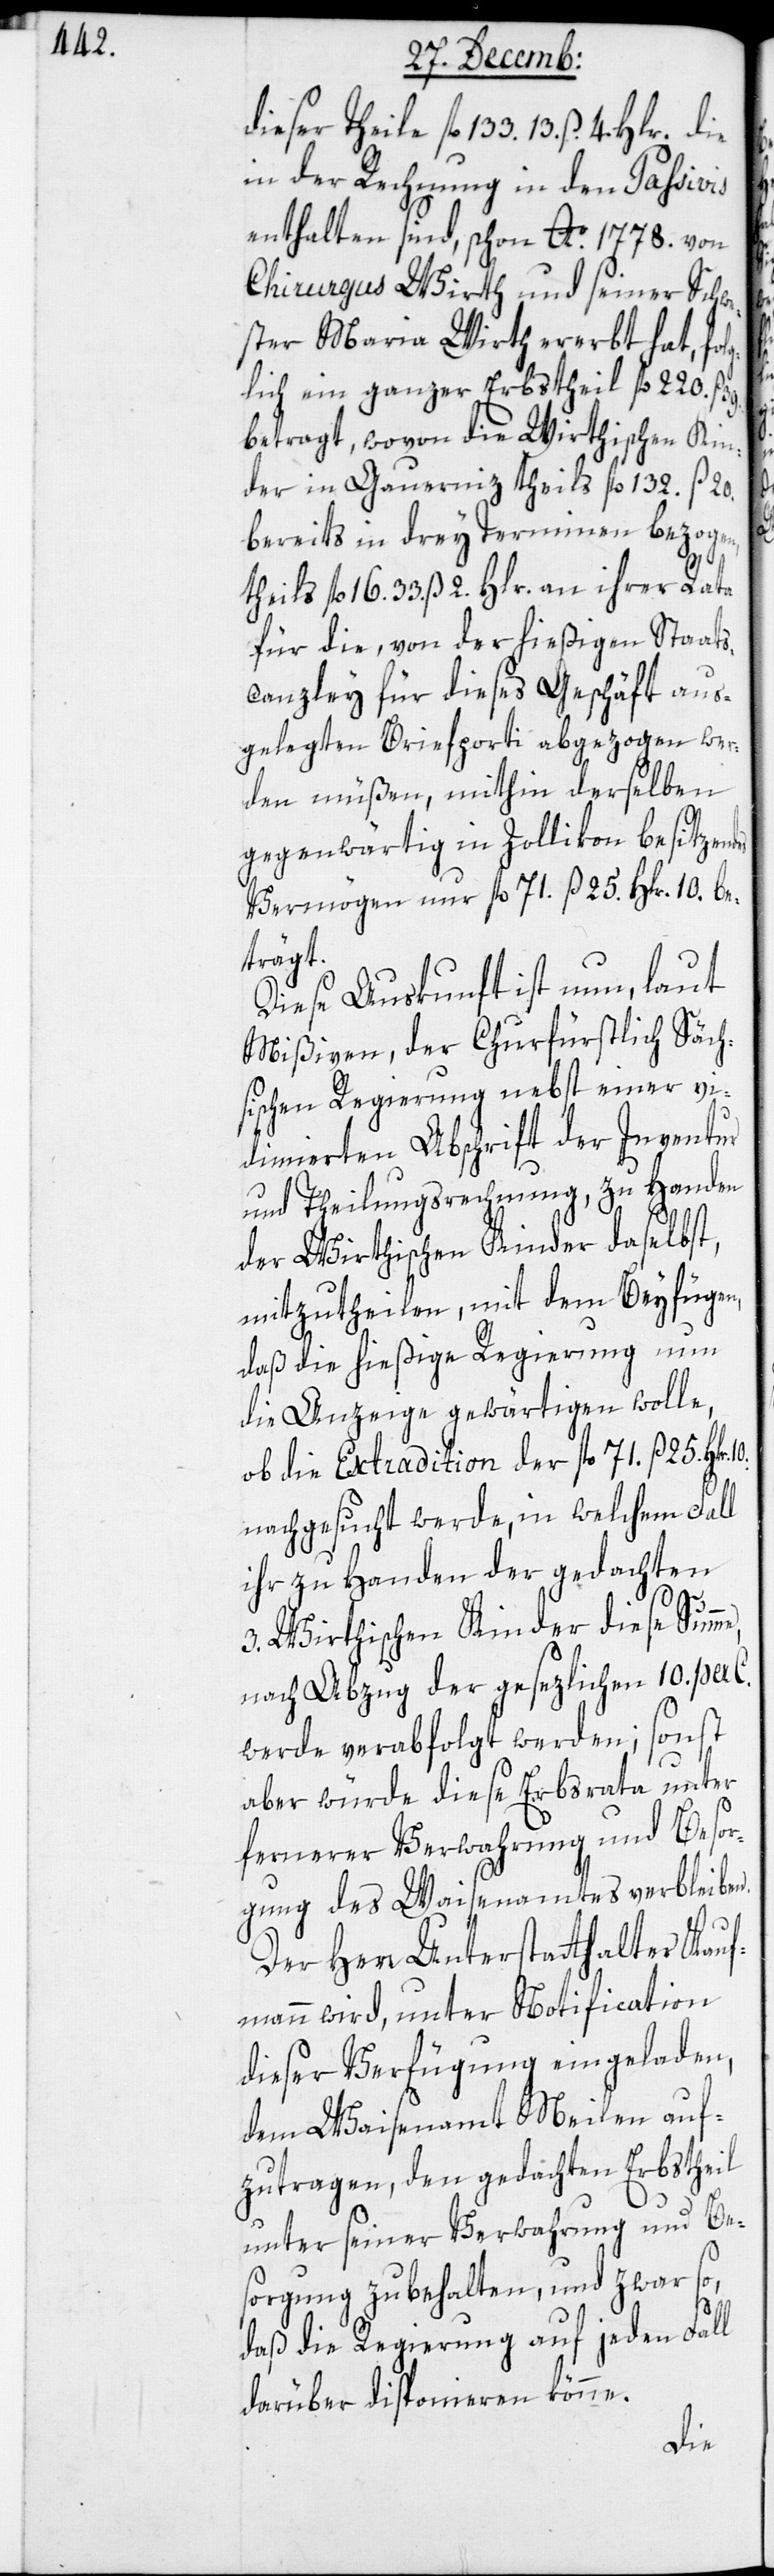
dieser Teile fl. 133 13. ß. 4. Hlr.
in der Rechnung in den Passivis
enthalten sind, schon Ao. 1778. von
Chirurgus Wirth und seiner Schwe¬
ster Maria Wirth ererbt hat, fol¬
glich ein ganzer Erbstheil fl. 220. ß.
betragt, wovon die Wirthischen Kin¬
der in Gauernitz theils fl. 132 ß 20.
bereits in drey Terminen bezogen,
theils fl. 16. 33. ß 2. Hlr. an ihrer Rata
für die, von der hießigen Staats¬
canzley für dieses Geschäft aus¬
gelegten Briefporti abgezogen wer¬
den müßen, mithin derselben
gegenwärtig in Zollikon besitzendes
Vermögen nur fl. 71 ß 25. Hlr. 10 be¬
trägt.
Diese Auskunft ist nun, laut
Mißiven, der Churfürstlich Säch¬
sischen Regierung nebst einer vi¬
dimierten Abschrift der Inventur
und Theilungsrechnung, zu Handen
der Wirthischen Kinder daselbst,
mitzutheilen, mit dem Beyfügen,
daß die hießige Regierung nun
die Anzeige gewärtigen wolle,
ob die Extradition der fl. 71 ß 25 Hlr.
nachgesucht werde, in welchem Fall
ihr zu Handen der gedachten
3. Wirthischen Kinder diese Sum¬
nach Abzug der gesetzlichen 10 per C.
werde verabfolgt werden; sonst
aber würde diese Erbsrata unter
fernerer Verwahrung und Besor¬
gung des Waisenamtes verbleiben.
me,
Der Herr Unterstatthalter Kauf¬
mann wird, unter Notification
dieser Verfügung eingeladen,
dem Waisenamt Meilen auf¬
zutragen, den gedachten Erbstheil
unter seiner Verwahrung und Be¬
sorgung zu behalten, und zwar so,
39.
daß die Regierung auf jeden Fall
darüber disponieren könne.
die